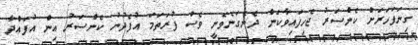
ގިނަފަހަރަށް ކެންސަރު ޖެހިފައިވާކަން ދެނެގަނެވެނީ ވެސް ފުރަތަމަ އުފެދުނު ކެންސަރު އިން އުފައްދާ